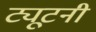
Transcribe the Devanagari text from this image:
ट्यूटनी